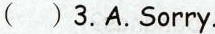
( ) 3.A.Sorry.